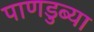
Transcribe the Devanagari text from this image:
पाणडुब्या